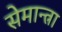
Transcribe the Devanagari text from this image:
सेमान्त्रा